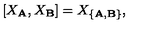
[ X _ { \bf A } , X _ { \bf B } ] = X _ { \{ { \bf A } , { \bf B } \} } ,